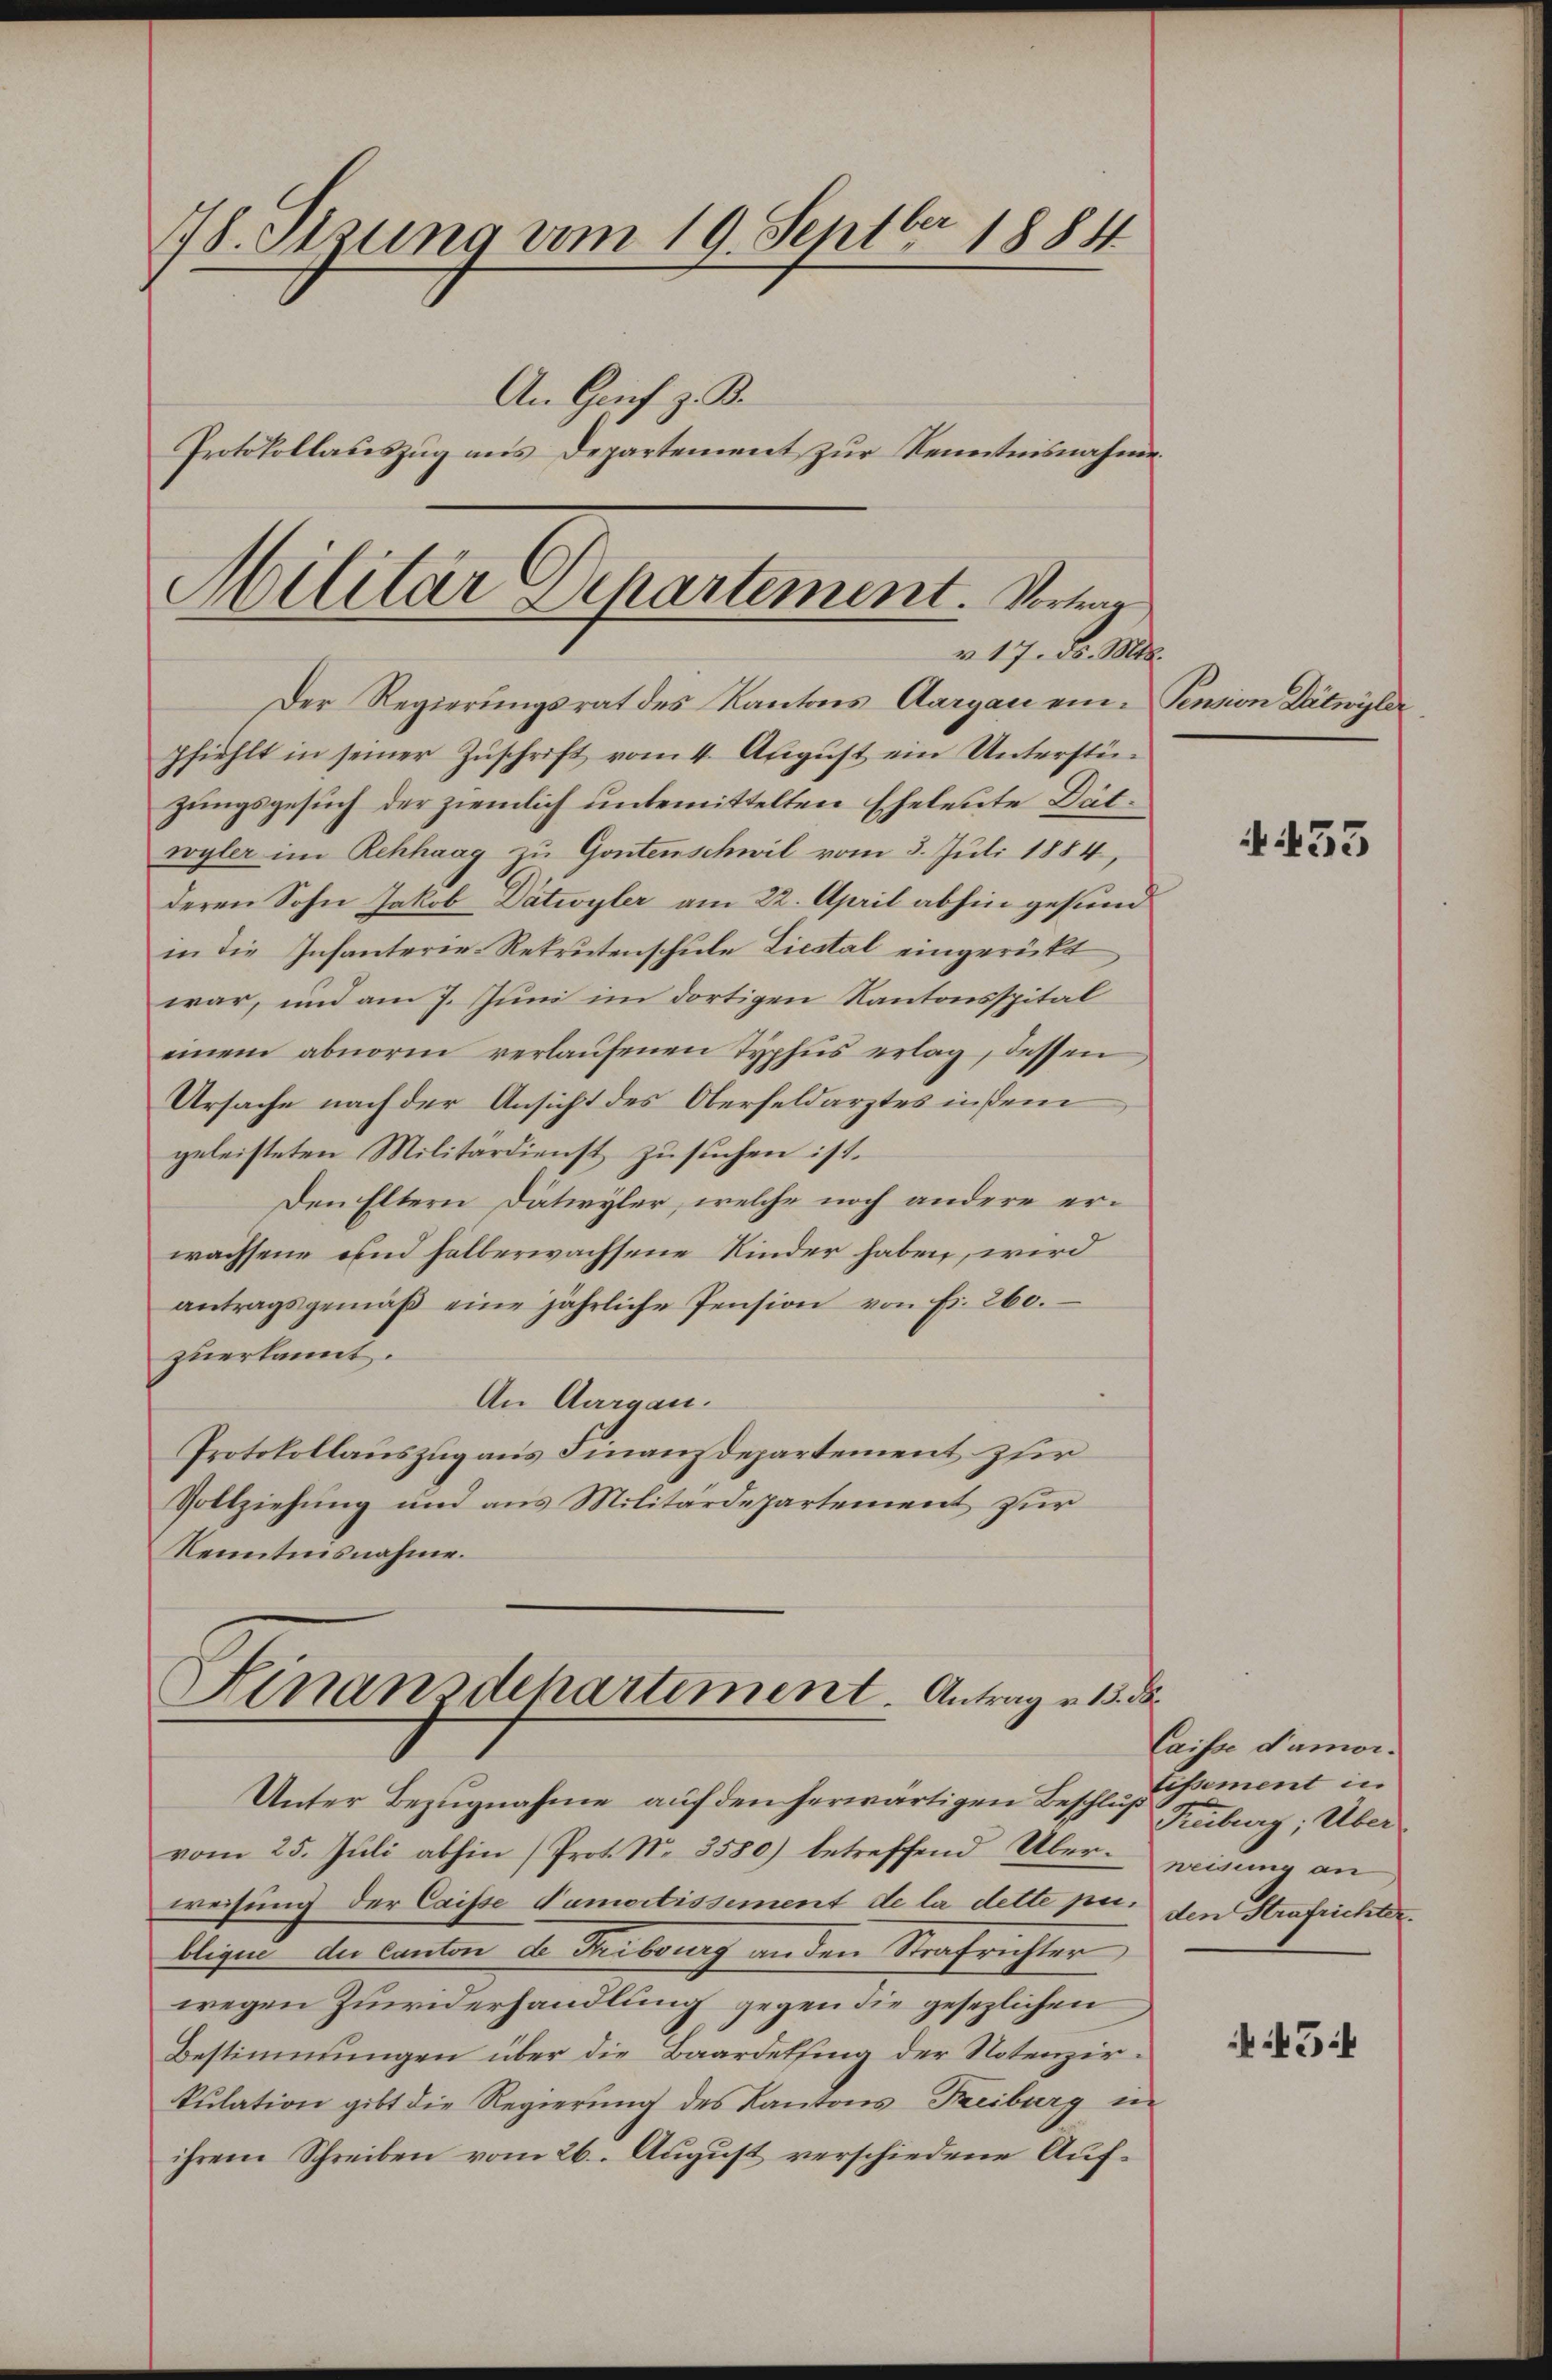
78. Sizung vom 19. Septbr 1884
An Grif z. B.
Protokollauszug aus Departement zur Kenntnisnahme.

pfiehlt in seiner Zuschrift vom 4. August ein Unterstüzungsgesuch der ziemlich unbemittelten Eheleute Dätwyler im Rehhaag zu Gontenschwil vom 3. Juli 1884,
deren Sohn Jakob Dätwyler am 22. April abhin gesund
in die Infanterie-Rekrutenschule Liestal eingerückt
war, und am 7. Juni im dortigen Kantonsspital
einem abnorm verlaufenen Typhus erlag, dessen
Ursache nach der Ansicht des Oberfeldarztes indem
geleisteten Militärdienst zusuchen ist.
Den Eltern Dätwyler, welche noch andere erwachsene und halberwachsene Kinder haben, wird
antragsgemäβ eine jährliche Pension von Fr. 260.
zuerkannt.
An Aargau.
Protokollauszug aus Finanzdepartement zur
Vollziehung und aus Militärdepartement zur
Kenntnisnahme.

Militär Departement. Vortrag
u 17. ds. Mts.
Der Regierungsrat des Kantons Aargau eine Pension Dätwyler

Sinanzdepartement. Antrag v. 15. ds.

Unter Bezŭgnahme aŭf den herwärtigen Beschlossement in
vom 25. Juli abhin (Prot. No. 3580) betreffend Über-Weisung an
weisung der Caisse Samortissement de la dette pr. den Strafrichter.
bligen der Canton de Fribourg an den Strafrichter
wegen Zuwiderhandlung gegen die gesezlichen
Bestimmungen über die Baardelfing der Notenzir-
kulation gibt die Regierung des Kantons Freiburg in
ihrem Schreiben vom 26. August verschiedene Auf¬

453

Caisse d’amor¬
Freiburg; Über

54